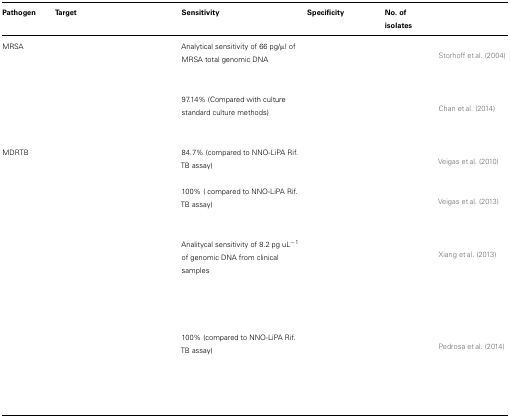
<table><thead><tr><td><b>Pathogen</b></td><td><b>Target</b></td><td><b>Sensitivity</b></td><td><b>Specificity</b></td><td><b>No. of isolates</b></td><td>[EMPTY_CELL]</td></tr></thead><tbody><tr><td>MRSA</td><td>[EMPTY_CELL]</td><td>Analytical sensitivity of 66 pg/μl of MRSA total genomic DNA</td><td>[EMPTY_CELL]</td><td>[EMPTY_CELL]</td><td>Storhoff et al. (2004)</td></tr><tr><td>[EMPTY_CELL]</td><td>[EMPTY_CELL]</td><td>97.14% (Compared with culture standard culture methods)</td><td>[EMPTY_CELL]</td><td>[EMPTY_CELL]</td><td>Chan et al. (2014)</td></tr><tr><td>MDRTB</td><td>[EMPTY_CELL]</td><td>84.7% (compared to NNO-LiPA Rif. TB assay)</td><td>[EMPTY_CELL]</td><td>[EMPTY_CELL]</td><td>Veigas et al. (2010)</td></tr><tr><td>[EMPTY_CELL]</td><td>[EMPTY_CELL]</td><td>100% ( compared to NNO-LiPA Rif. TB assay)</td><td>[EMPTY_CELL]</td><td>[EMPTY_CELL]</td><td>Veigas et al. (2013)</td></tr><tr><td>[EMPTY_CELL]</td><td>[EMPTY_CELL]</td><td>Analitycal sensitivity of 8.2 pg uL<sup>-1</sup> of genomic DNA from clinical samples</td><td>[EMPTY_CELL]</td><td>[EMPTY_CELL]</td><td>Xiang et al. (2013)</td></tr><tr><td>[EMPTY_CELL]</td><td>[EMPTY_CELL]</td><td>100% (compared to NNO-LiPA Rif. TB assay)</td><td>[EMPTY_CELL]</td><td>[EMPTY_CELL]</td><td>Pedrosa et al. (2014)</td></tr></tbody></table>